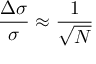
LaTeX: \frac { \Delta \sigma } { \sigma } \approx \frac { 1 } { \sqrt N }